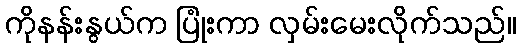
ကိုနန်းနွယ်က ပြုံးကာ လှမ်းမေးလိုက်သည်။